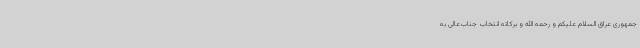
جمهوری عراق السلام علیکم و رحمه الله و برکاته انتخاب جناب‌عالی به